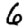
Digit: 6